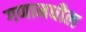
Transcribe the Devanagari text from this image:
गणामधील